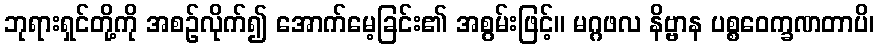
ဘုရားရှင်တို့ကို အစဉ်လိုက်၍ အောက်မေ့ခြင်း၏ အစွမ်းဖြင့်။ မဂ္ဂဖလ နိဗ္ဗာန ပစ္စဝေက္ခဏတာပိ၊